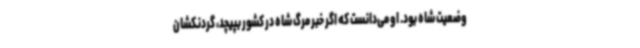
وضعیت شاه بود. او می‌دانست که اگر خبر مرگ شاه در کشور بپیچد، گردنکشان